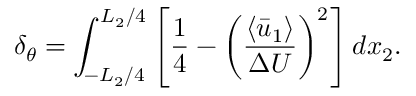
\delta _ { \theta } = \int _ { - L _ { 2 } / 4 } ^ { L _ { 2 } / 4 } \left[ \frac { 1 } { 4 } - \left( \frac { \left\langle \bar { u } _ { 1 } \right\rangle } { \Delta U } \right) ^ { 2 } \right] d x _ { 2 } .